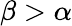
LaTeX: \beta>\alpha